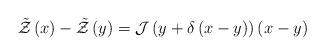
LaTeX: \begin{align*}\tilde{\mathcal{Z}}\left(x\right)-\tilde{\mathcal{Z}}\left(y\right)=\mathcal{J}\left(y+\delta\left(x-y\right)\right)\left(x-y\right)\end{align*}